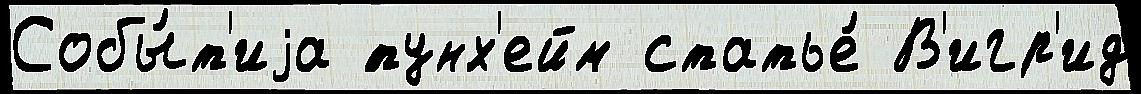
Собы́т'иjа ́тунх'ейм статье́ В'игр'ид